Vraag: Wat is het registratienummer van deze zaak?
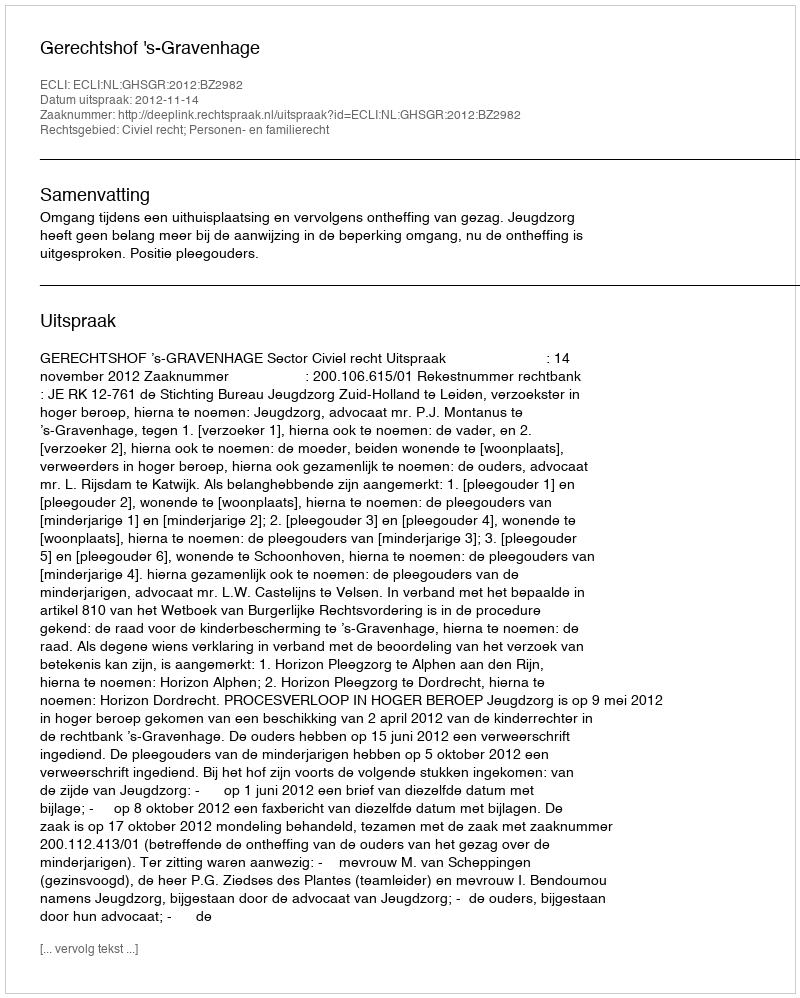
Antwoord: http://deeplink.rechtspraak.nl/uitspraak?id=ECLI:NL:GHSGR:2012:BZ2982